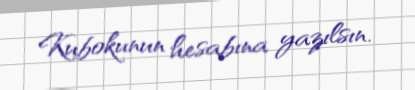
Kubokunun hesabına yazılsın.